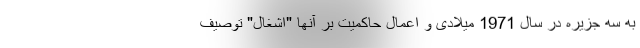
به سه جزیره در سال 1971 میلادی و اعمال حاکمیت بر آنها "اشغال" توصیف